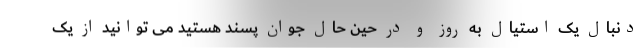
دنبال یک استیال به روز و در حین حال جوان پسند هستید می توانید از یک